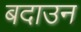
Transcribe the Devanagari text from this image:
बदाउन